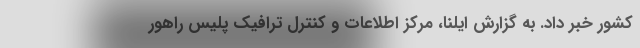
کشور خبر داد. به گزارش ایلنا، مرکز اطلاعات و کنترل ترافیک پلیس راهور